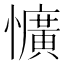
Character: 懭